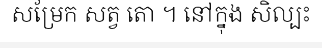
សម្រែក សត្វ តោ ។ នៅក្នុង សិល្បះ